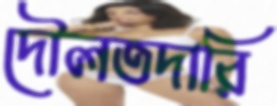
দৌলতদারি